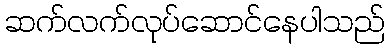
ဆက်လက်လုပ်ဆောင်နေပါသည်